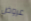
عروض